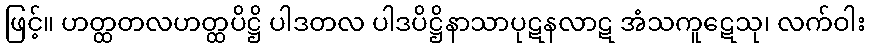
ဖြင့်။ ဟတ္ထတလဟတ္ထပိဋ္ဌိ ပါဒတလ ပါဒပိဋ္ဌိနာသာပုဋနလာဋ အံသကူဋေသု၊ လက်ဝါး